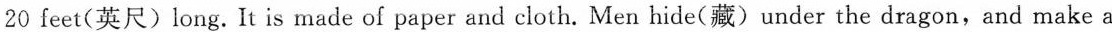
20 feet(英尺)long. It is made of paper and cloth. Men hide(藏)under the dragon,and make a